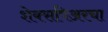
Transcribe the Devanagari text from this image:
शेक्सपिअरचा